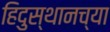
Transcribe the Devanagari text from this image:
हिदुस्थानच्या